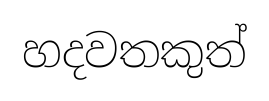
හදවතකුත්